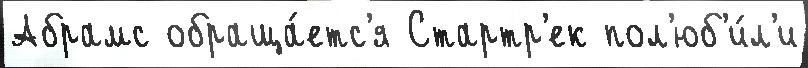
Абрамс обраща́етс'я Стартр'ек пол'юб'и́л'и